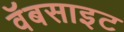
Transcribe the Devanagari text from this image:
वॅबसाइट